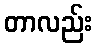
တာလည်း